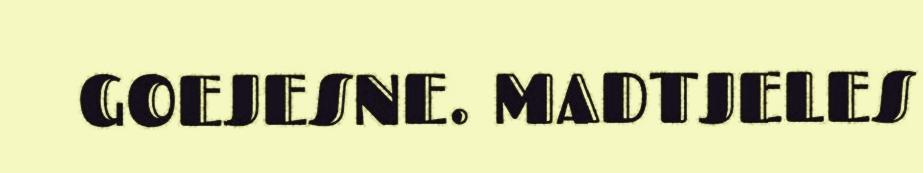
GOEJESNE. MADTJELES